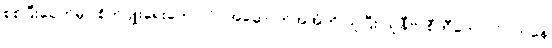
စစ်ပြီးခေတ်မှာ စိုက်ပျိုးရေးကောလိပ်အဆောက်အအုံကို ယူပြီး ယူနီဗာစီတီကောလိပ်ကနေ